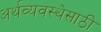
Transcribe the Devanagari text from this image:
अर्थव्यवस्थेसाठी